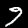
Label: 9